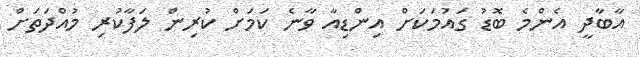
އާބާދީ އެންމެ ބޮޑު ގައުމަކަށް އިންޑިއާ ވާނެ ކަމަށް ކުރިން ލަފާކުރި މުއްދަތަށް